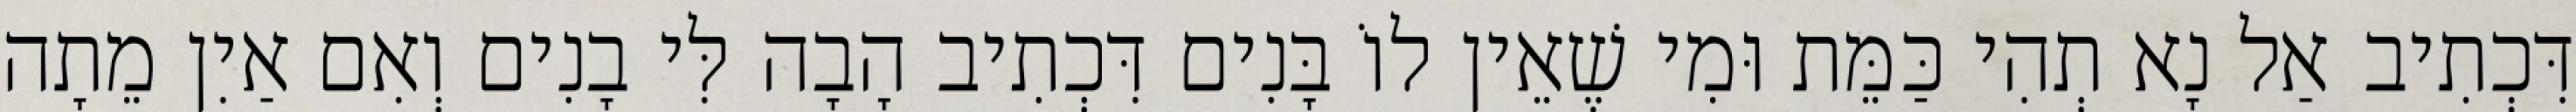
דִּכְתִיב אַל נָא תְהִי כַּמֵּת וּמִי שֶׁאֵין לוֹ בָּנִים דִּכְתִיב הָבָה לִּי בָנִים וְאִם אַיִן מֵתָה